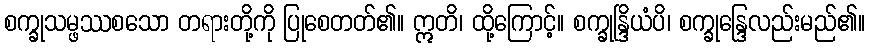
စက္ခုသမ္ဖဿစသော တရားတို့ကို ပြုစေတတ်၏။ ဣတိ၊ ထို့ကြောင့်။ စက္ခုန္ဒြိယံပိ၊ စက္ခုန္ဒြေလည်းမည်၏။